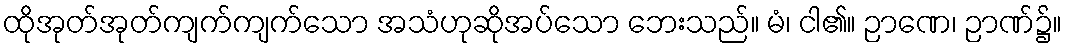
ထိုအုတ်အုတ်ကျက်ကျက်သော အသံဟုဆိုအပ်သော ဘေးသည်။ မံ၊ ငါ၏။ ဉာဏေ၊ ဉာဏ်၌။